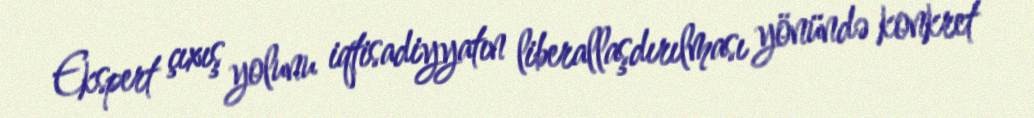
Ekspert çıxış yolunu iqtisadiyyatın liberallaşdırılması yönündə konkret